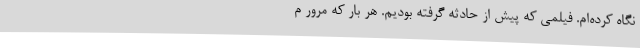
نگاه کرده‌ام. فیلمی که پیش از حادثه گرفته بودیم. هر بار که مرور م